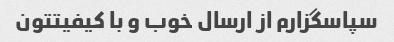
سپاسگزارم از ارسال خوب و با کیفیتتون